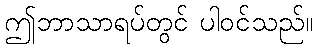
ဤဘာသာရပ်တွင် ပါဝင်သည်။